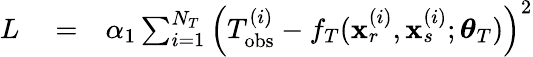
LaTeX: \begin{array}{rlr}{L}&{{}=}&{\alpha_{1}\sum_{i=1}^{N_{T}}\left(T_{\mathrm{obs}}^{(i)}-f_{T}(\mathbf{x}_{r}^{(i)},\mathbf{x}_{s}^{(i)};\boldsymbol{\theta}_{T})\right)^{2}}\end{array}